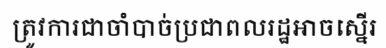
ត្រូវការជាចាំបាច់ប្រជាពលរដ្ឋអាចស្នើរ